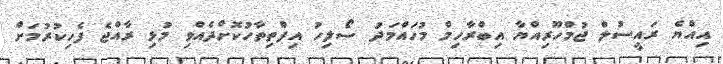
އިއްޔެ ރައީސުލް ޖުމްހޫރިއްޔާ އިބްރާހިމް މުހައްމަދު ސޯލިހު އިފްތިތާހުކޮށްދެއްވި މުޅި ރާއްޖެ ފެހިކުރުމަށް